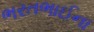
ભરતભાઈના